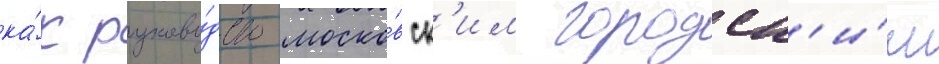
ка́к руково́дство моско́вск'им городск'и́м